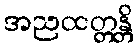
အညထတ္တန္တိ